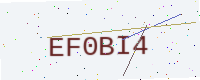
Text: EF0BI4